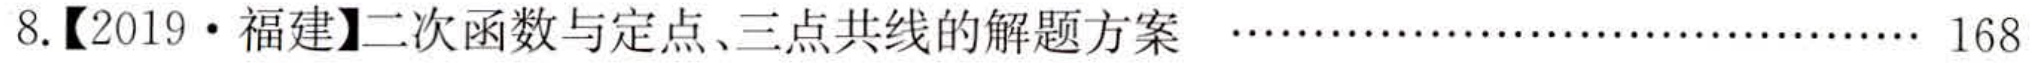
8.【2019·福建】二次函数与定点、三点共线的解题方案 …………………………… 168